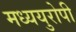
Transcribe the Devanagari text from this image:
मध्ययुरोपी